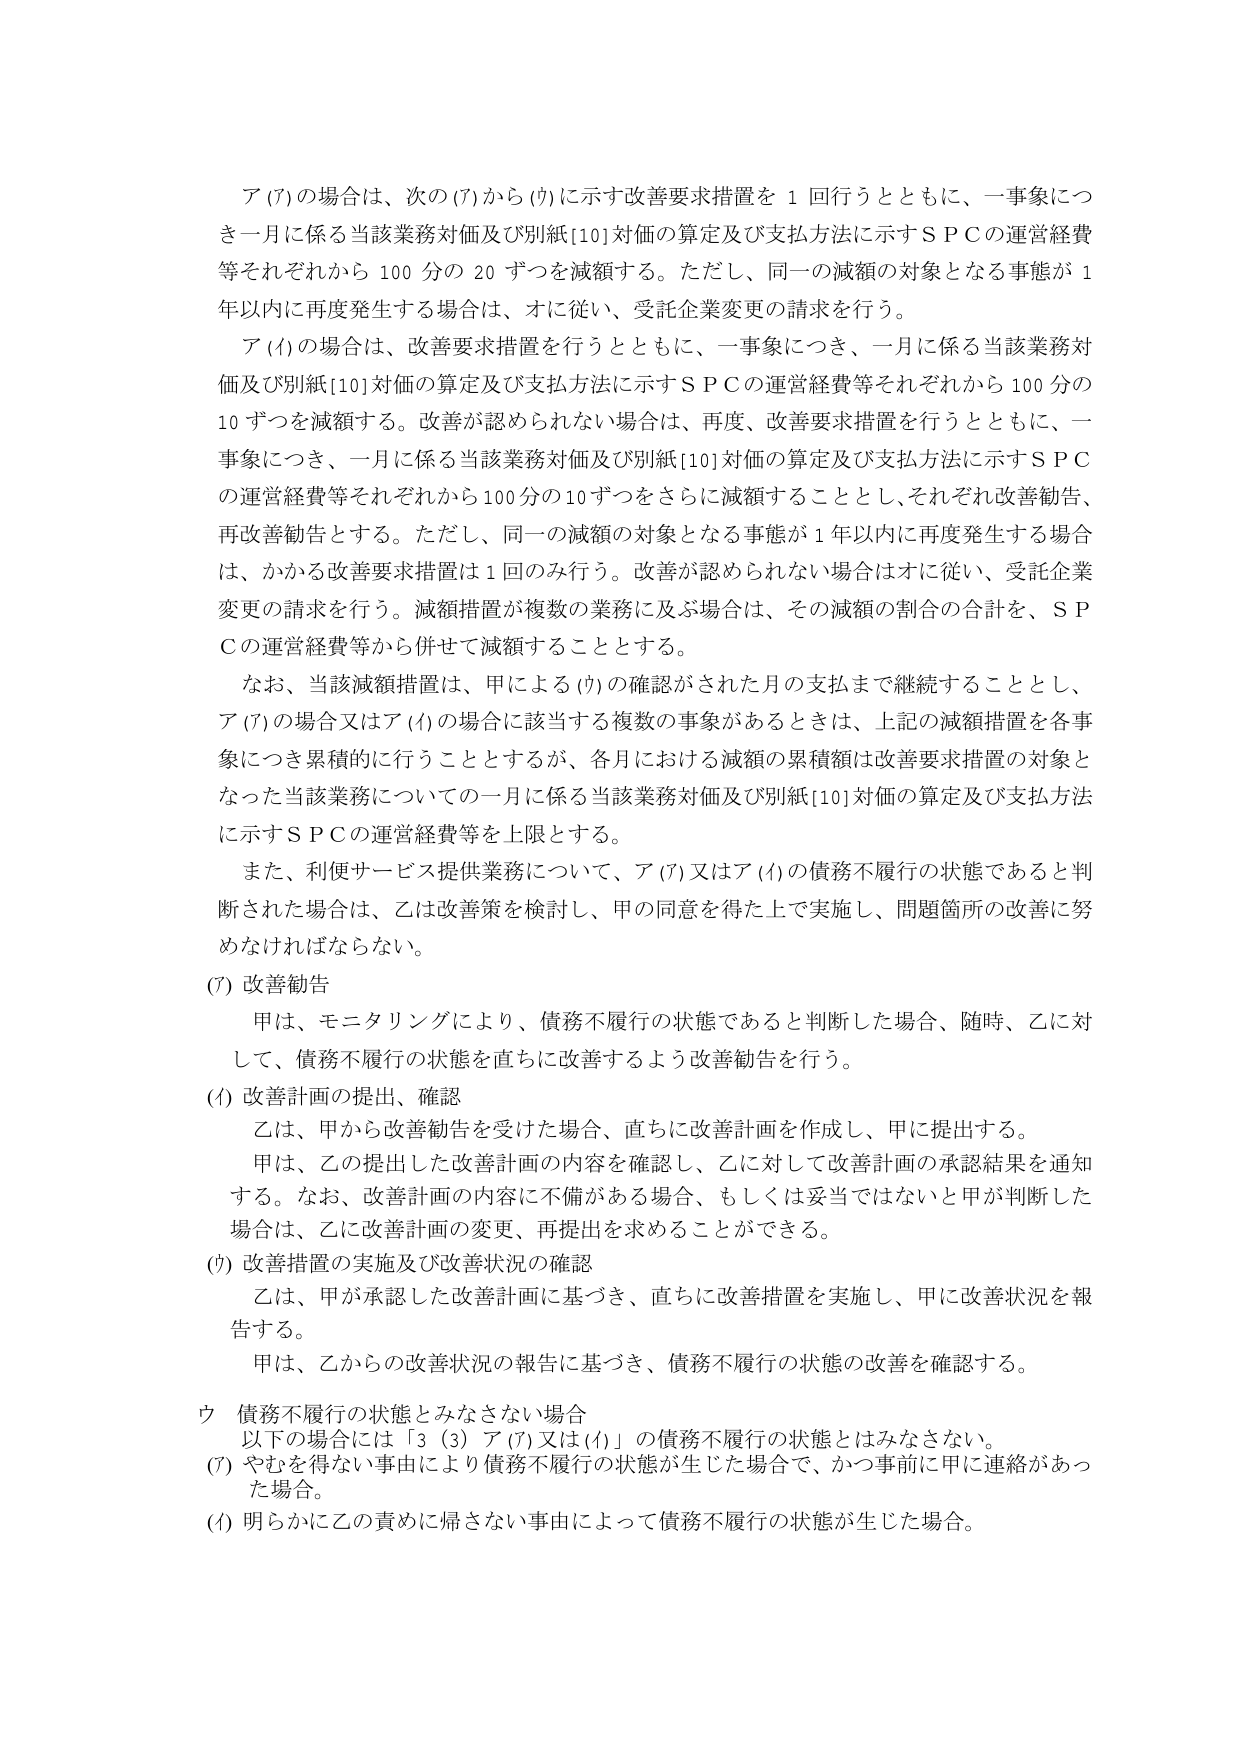
ア(ｱ)の場合は、次の(ｱ)から(ｳ)に示す改善要求措置を１回行うとともに、一事象につき一月に係る当該業務対価及び別紙[10]対価の算定及び支払方法に示すＳＰＣの運営経費等それぞれから100分の20ずつを減額する。ただし、同一の減額の対象となる事態が1年以内に再度発生する場合は、オに従い、受託企業変更の請求を行う。

ア(ｲ)の場合は、改善要求措置を行うとともに、一事象につき、一月に係る当該業務対価及び別紙[10]対価の算定及び支払方法に示すＳＰＣの運営経費等それぞれから100分の10ずつを減額する。改善が認められない場合は、再度、改善要求措置を行うとともに、一事象につき、一月に係る当該業務対価及び別紙[10]対価の算定及び支払方法に示すＳＰＣの運営経費等それぞれから100分の10ずつをさらに減額することとし、それぞれ改善勧告、再改善勧告とする。ただし、同一の減額の対象となる事態が1年以内に再度発生する場合は、かかる改善要求措置は1回のみ行う。改善が認められない場合はオに従い、受託企業変更の請求を行う。減額措置が複数の業務に及ぶ場合は、その減額の割合の合計を、ＳＰＣの運営経費等から併せて減額することとする。

なお、当該減額措置は、甲による(ｳ)の確認がされた月の支払まで継続することとし、ア(ｱ)の場合又はア(ｲ)の場合に該当する複数の事象があるときは、上記の減額措置を各事象につき累積的に行うこととするが、各月における減額の累積額は改善要求措置の対象となった当該業務についての一月に係る当該業務対価及び別紙[10]対価の算定及び支払方法に示すＳＰＣの運営経費等を上限とする。

また、利便サービス提供業務について、ア(ｱ)又はア(ｲ)の債務不履行の状態であると判断された場合は、乙は改善策を検討し、甲の同意を得た上で実施し、問題箇所の改善に努めなければならない。

(ｱ) 改善勧告
　甲は、モニタリングにより、債務不履行の状態であると判断した場合、随時、乙に対して、債務不履行の状態を直ちに改善するよう改善勧告を行う。

(ｲ) 改善計画の提出、確認
　乙は、甲から改善勧告を受けた場合、直ちに改善計画を作成し、甲に提出する。
　甲は、乙の提出した改善計画の内容を確認し、乙に対して改善計画の承認結果を通知する。なお、改善計画の内容に不備がある場合、もしくは妥当ではないと甲が判断した場合は、乙に改善計画の変更、再提出を求めることができる。

(ｳ) 改善措置の実施及び改善状況の確認
　乙は、甲が承認した改善計画に基づき、直ちに改善措置を実施し、甲に改善状況を報告する。
　甲は、乙からの改善状況の報告に基づき、債務不履行の状態の改善を確認する。

ウ 債務不履行の状態とみなさない場合
　以下の場合には「3 (3) ア(ｱ)又は(ｲ)」の債務不履行の状態とはみなさない。
(ｱ) やむを得ない事由により債務不履行の状態が生じた場合で、かつ事前に甲に連絡があった場合。
(ｲ) 明らかに乙の責めに帰さない事由によって債務不履行の状態が生じた場合。